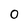
Character: 0